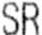
SR